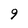
Character: 9